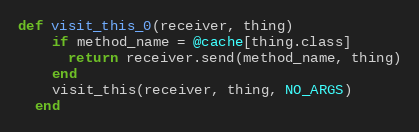
Language: Ruby
def visit_this_0(receiver, thing)
    if method_name = @cache[thing.class]
      return receiver.send(method_name, thing)
    end
    visit_this(receiver, thing, NO_ARGS)
  end